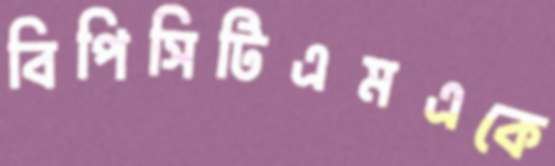
বিপিসিটিএমএকে